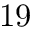
1 9